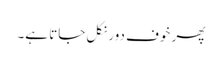
پھر خوف دور نکل جاتا ہے۔